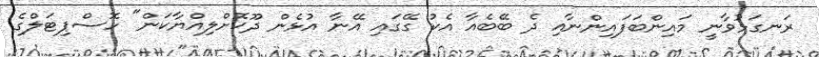
ރަނގަޅުވާނީ މައިންބަފައިންނާއި ދެ ބޭބެއާ އެކު ގޭގައި އޭނާ އުޅެން ދޫކޮށްލިއްޔާކަން" ހޮސްޕިޓަލްގެ